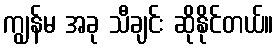
ကျွန်မ အခု သီချင်း ဆိုနိုင်တယ်။